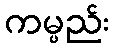
ကမ္ပည်း